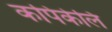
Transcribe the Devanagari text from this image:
कपिकेलि